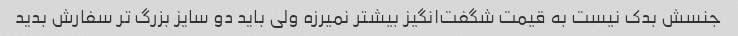
جنسش بدک نیست به قیمت شگفت‌انگیز بیشتر نمیرزه ولی باید دو سایز بزرگ تر سفارش بدید